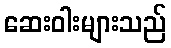
ဆေးဝါးများသည်